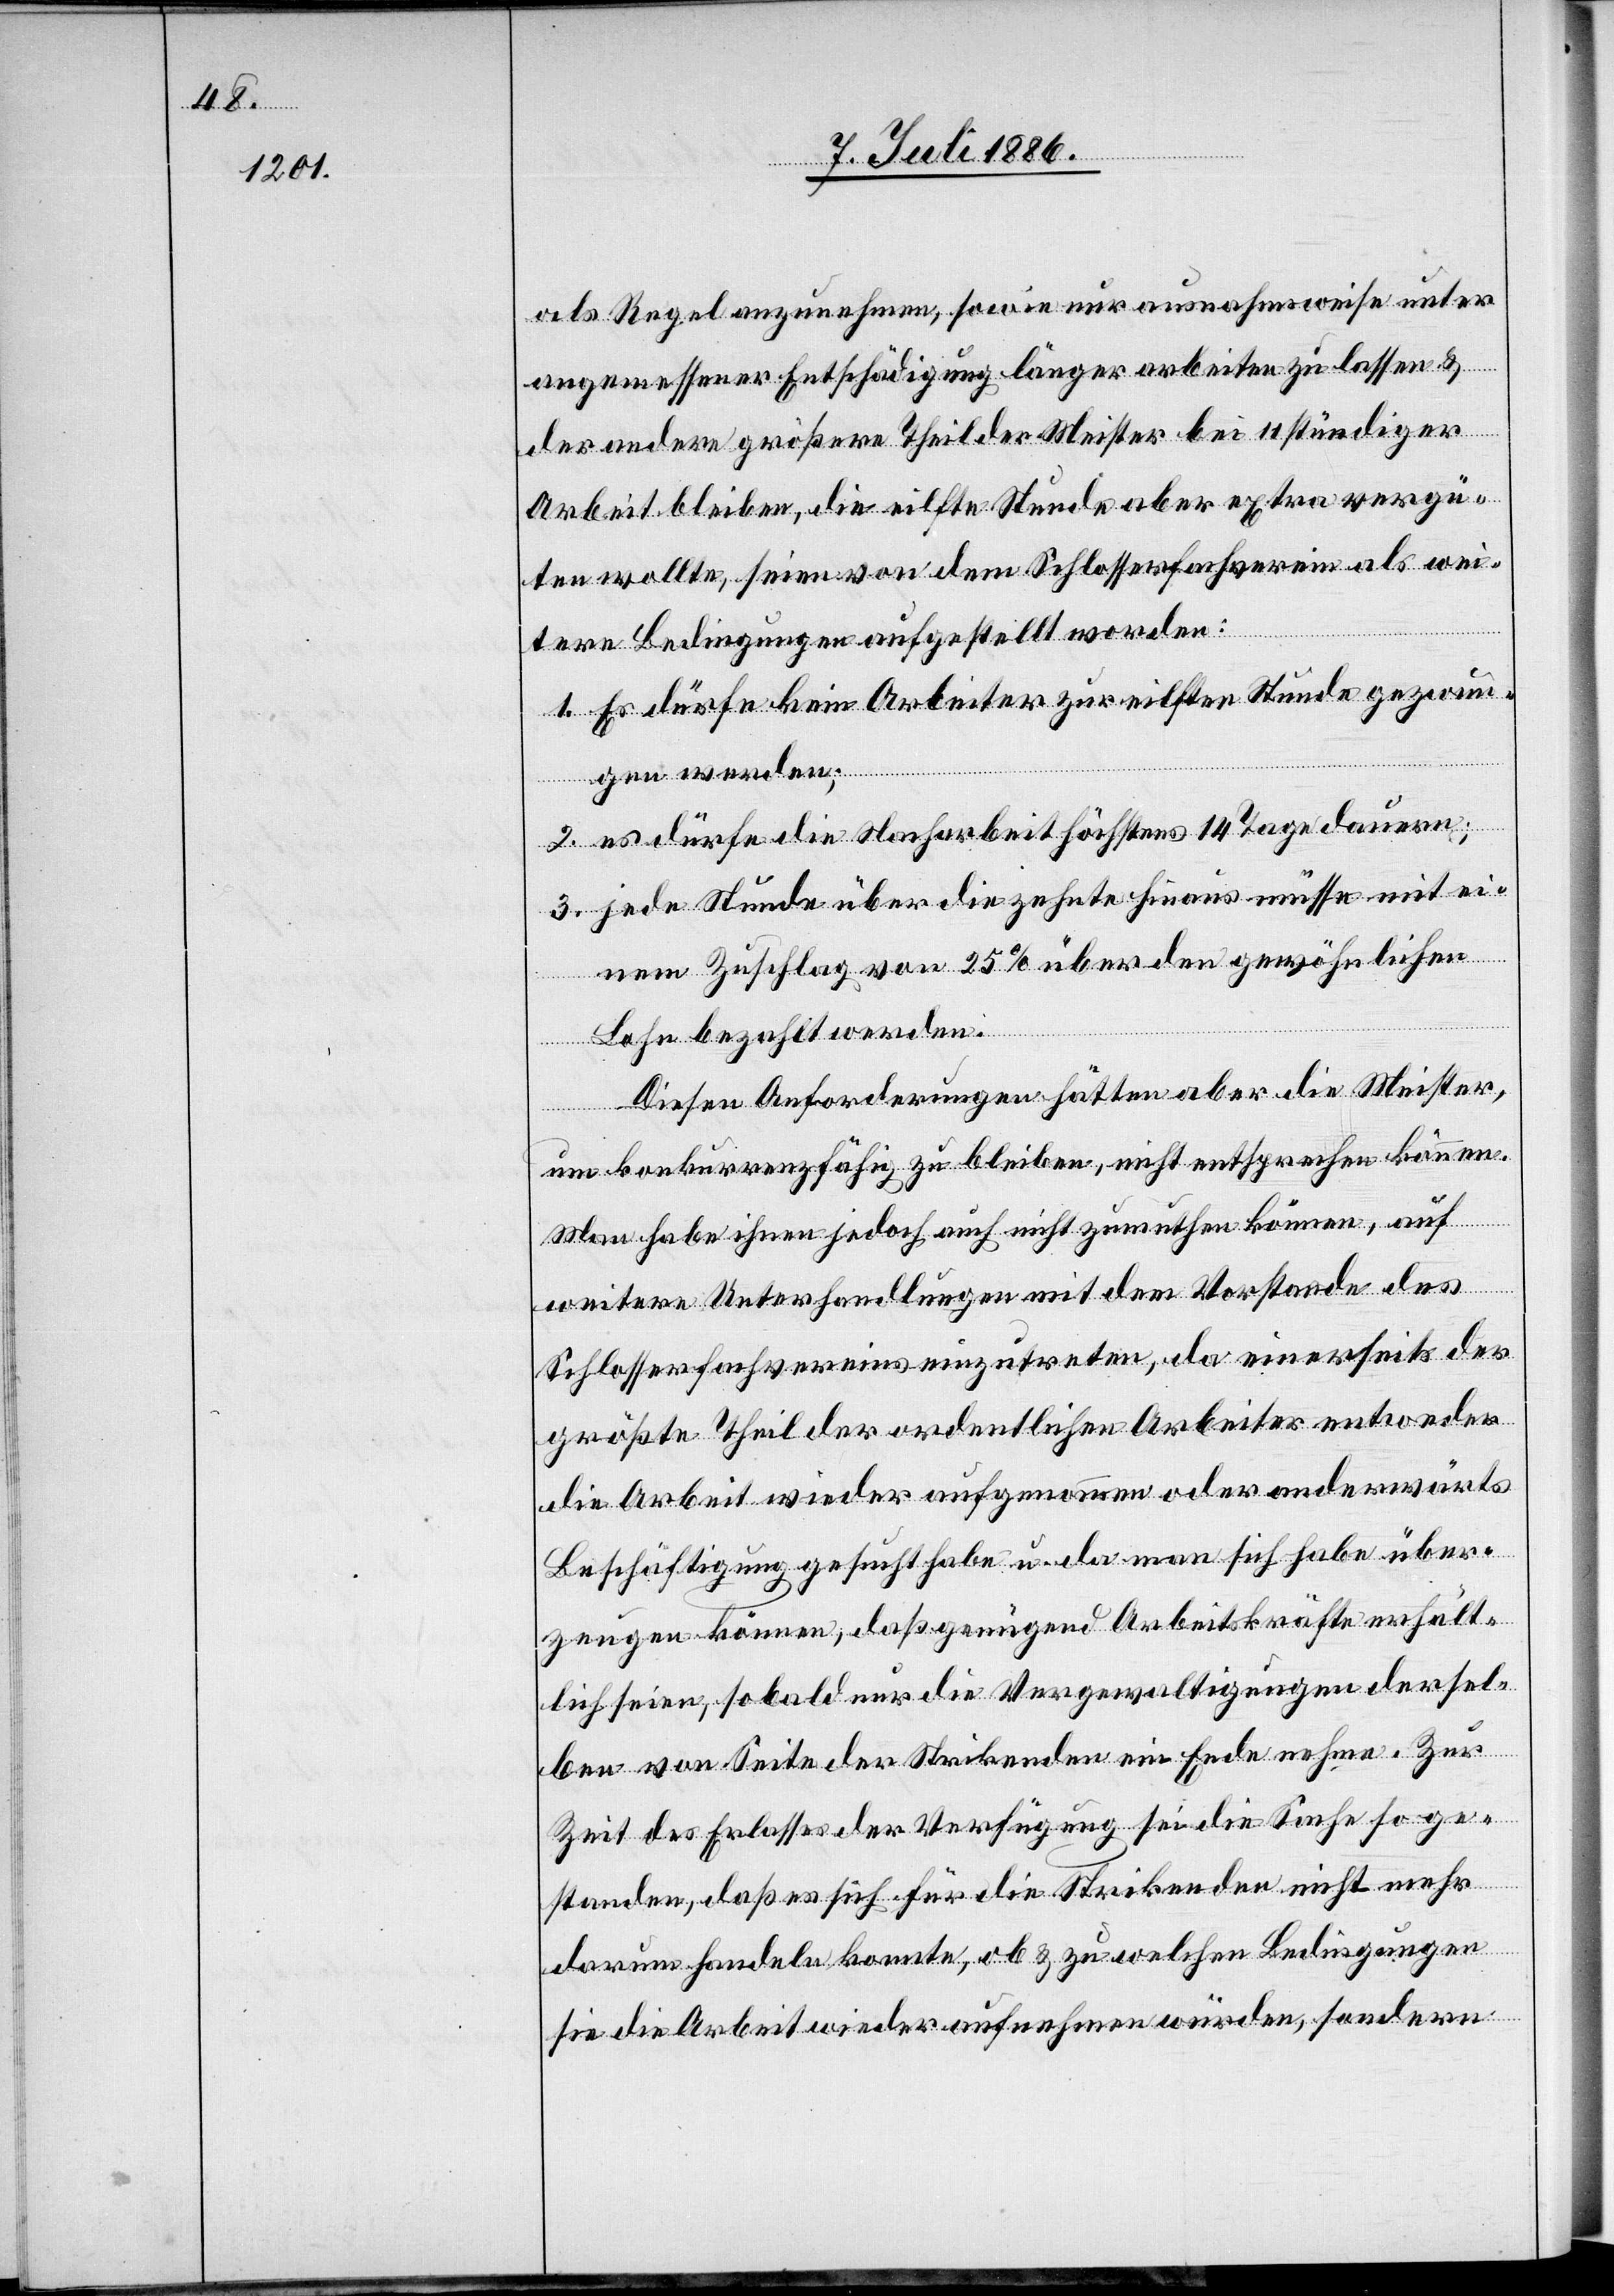
als Regel anzunehmen, sowie nur ausnahmsweise unter
angemessener Entschädigung länger arbeiten zu lassen &
der andere größere Theil der Meister bei 11stündiger
Arbeit bleiben, die eilfte Stunde aber extra vergü¬
ten wollte, seien von dem Schlosserverein als wei¬
tere Bedingungen aufgestellt worden:
1. Es dürfe kein Arbeiter zur eilften Stunde gezwun¬
gen werden;
2. es dürfe die Nach[t]arbeit höchstens 14 Tage dauern;
3. jede Stunde über die zehnte hinaus müsse mit ei¬
nem Zuschlag von 25% über den gewöhnlichen
Lohn bezahlt werden.
Diesen Anforderungen hätten aber die Meister,
um konkurrenzfähig zu bleiben, nicht entsprechen können.
Man habe ihnen jedoch auch nicht zumuthen können, auf
weitere Unterhandlungen mit dem Vorstande des
Schlosserfachvereins einzutreten, da einerseits der
größte Theil der ordentlichen Arbeiter entweder
die Arbeit wieder aufgenommen oder anderwärts
Beschäftigung gesucht habe u. da man sich habe über¬
zeugen können, daß genügend Arbeitskräfte erhält¬
lich seien, so bald nur die Vergewaltigungen dersel¬
ben von Seite der Strikenden ein Ende nehme[n]. Zur
Zeit des Erlasses der Verfügung sei die Sache so ge¬
standen, daß es sich für die Strikenden nicht mehr
darum handeln konnte, ob & zu welchen Bedingungen
sie die Arbeit wieder aufnehmen würden, sondern